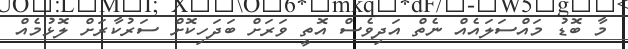
މާ ބޮޑު މައްސަލައެއް ނެތް އަދިވެސް އޮތީ ވަރަށް ބަދަހިކޮށް ސަރުކާރަށް ލޮޅުމެއް